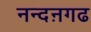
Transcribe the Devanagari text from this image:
नन्दऩगढ